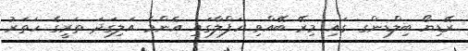
ރޭޑިޔޯ ބިލްޑިންގ ގައި މިރޭ ބޭއްވި ހަފްލާގައި އެންމެ އަލިގަދަ ތަރީގެ ހަތަރު